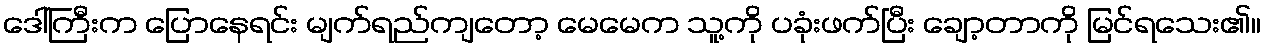
ဒေါ်ကြီးက ပြောနေရင်း မျက်ရည်ကျတော့ မေမေက သူ့ကို ပခုံးဖက်ပြီး ချော့တာကို မြင်ရသေး၏။